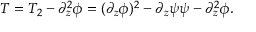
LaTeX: T = T _ { 2 } - \partial _ { z } ^ { 2 } \phi = ( \partial _ { z } \phi ) ^ { 2 } - \partial _ { z } \psi \psi - \partial _ { z } ^ { 2 } \phi .